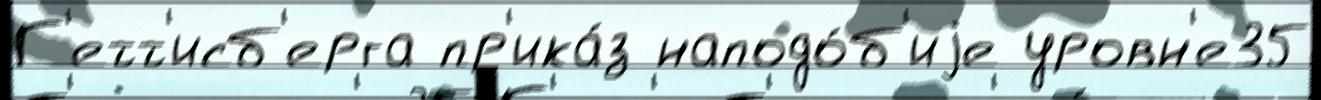
Г'етт'исб'ерга пр'ика́з наподо́б'иjе уровн'е35